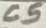
Text: C5